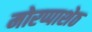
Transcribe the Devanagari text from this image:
मोरप्पाशेठ